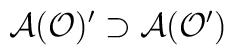
\mathcal{A}(\mathcal{O})^{\prime }\supset \mathcal{A}(\mathcal{O}^{\prime })